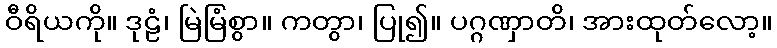
ဝီရိယကို။ ဒုဠံ၊ မြဲမြံစွာ။ ကတွာ၊ ပြု၍။ ပဂ္ဂဏှာတိ၊ အားထုတ်လော့။